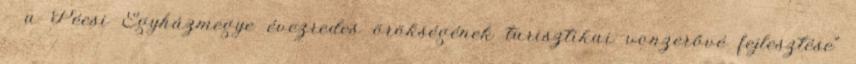
– a Pécsi Egyházmegye évezredes örökségének turisztikai vonzerővé fejlesztése"